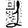
Digit: 1